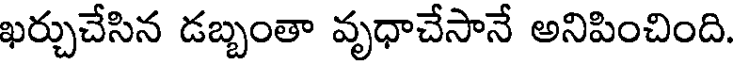
ఖర్చుచేసిన డబ్బంతా వృధాచేసానే అనిపించింది.